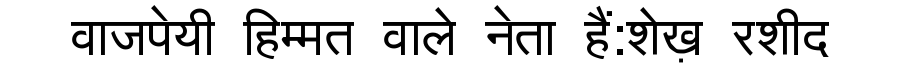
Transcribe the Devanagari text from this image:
वाजपेयी हिम्मत वाले नेता हैं:शेख़ रशीद